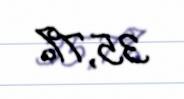
35,7%